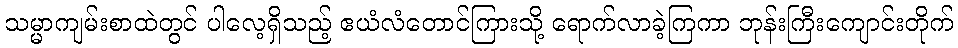
သမ္မာကျမ်းစာထဲတွင် ပါလေ့ရှိသည့် ဧယံလံတောင်ကြားသို့ ရောက်လာခဲ့ကြကာ ဘုန်းကြီးကျောင်းတိုက်